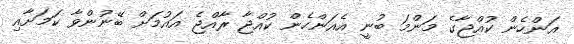
އަންހެން ކުއްޖާގެ މަންމަ ބުނީ އެއަންހެން ކުއްޖާ ރާއްޖެ އައުމަށް ބޭނުންވާ ކަމަށާއި